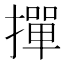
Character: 撣